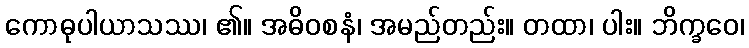
ကောဓုပါယာသဿ၊ ၏။ အဓိဝစနံ၊ အမည်တည်း။ တထာ၊ ပါး။ ဘိက္ခဝေ၊